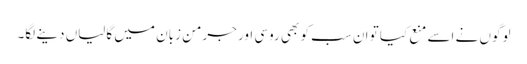
لوگوں نے اسے منع کیا تو ان سب کو بھی روسی اور جرمن زبان میں گالیاں دینے لگا۔